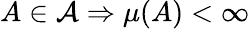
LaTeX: A\in{\mathcal{A}}\Rightarrow\mu(A)<\infty